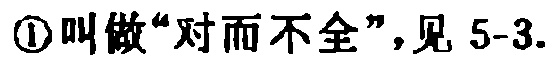
\textcircled{1}叫做“对而不全”，见 5-3.